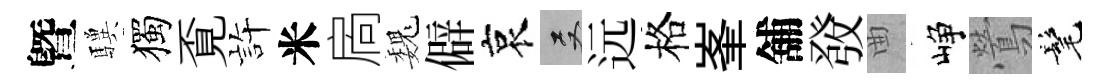
曁驥獨覔静米扄巍僻哀双远格峯舖𤼲曲峥鶯髦